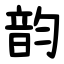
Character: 韵